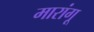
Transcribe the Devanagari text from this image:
मारांगू